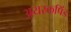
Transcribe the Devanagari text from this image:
अयस्कपिंड